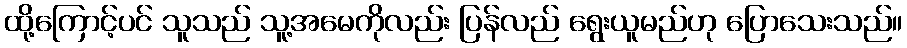
ထို့ကြောင့်ပင် သူသည် သူ့အမေကိုလည်း ပြန်လည် ရွေးယူမည်ဟု ပြောသေးသည်။